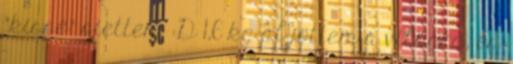
"kissé" siettem :D 1,6 kg-al jöttem a világra, és